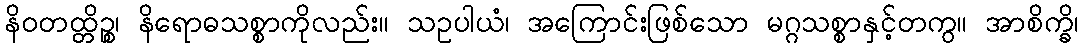
နိဝတထ္တိဉ္စ၊ နိရောဓသစ္စာကိုလည်း။ သဥပါယံ၊ အကြောင်းဖြစ်သော မဂ္ဂသစ္စာနှင့်တကွ။ အာစိက္ခိ၊